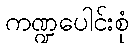
ကဏ္ဍပေါင်းစုံ